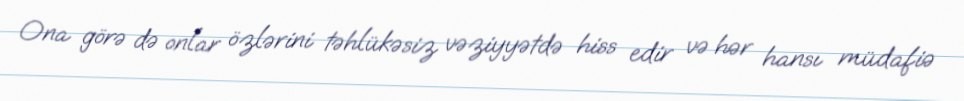
Ona görə də onlar özlərini təhlükəsiz vəziyyətdə hiss edir və hər hansı müdafiə